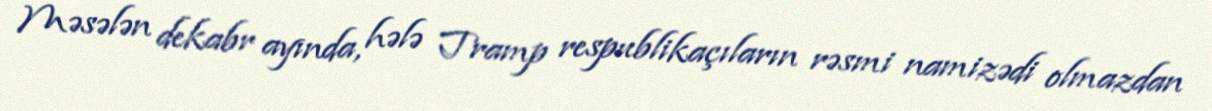
Məsələn dekabr ayında, hələ Tramp respublikaçıların rəsmi namizədi olmazdan